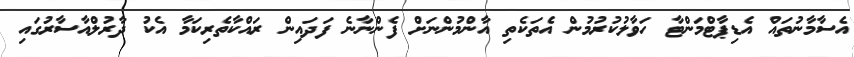
އެސާމާނުތައް އެޑިޕާޓްމަންޓާ ހަވާލުކުރުމުން އެތަކެތި އާންމުންނަށް ފެންނާނެ ފަދައިން ރައްކާތެރިކަމާ އެކު ދާރުލްއާސާރުގައި